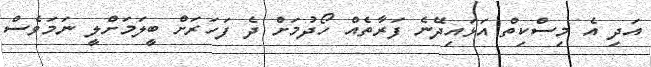
އަދި އެ މިސްކިތް އަޅައިދޭނެ ފަރާތެއް ހޯދުމަށް ދެ ފަހަރަށް ބީލަމަށްލީ ނަމަވެސް